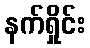
နက်ရှိုင်း